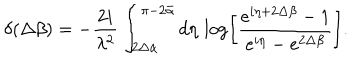
LaTeX: \delta ( \Delta \beta ) = - \frac { 2 i } { \lambda ^ { 2 } } \int _ { 2 \Delta \alpha } ^ { \pi - 2 \bar { \alpha } } d \eta \, \log \left[ \frac { e ^ { i \eta + 2 \Delta \beta } - 1 } { e ^ { i \eta } - e ^ { 2 \Delta \beta } } \right] .